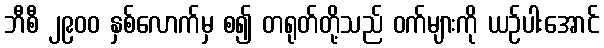
ဘီစီ ၂၉၀၀ နှစ်လောက်မှ စ၍ တရုတ်တို့သည် ဝက်များကို ယဉ်ပါးအောင်